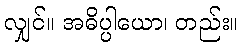
လျှင်။ အဓိပ္ပါယော၊ တည်း။